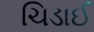
ચિડાઈ